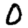
Digit: 0